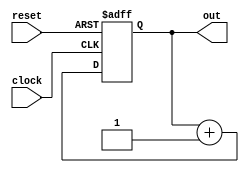
module counter (out, clock, reset);
    parameter WIDTH = 8;
    input                       clock, reset;
    output reg [WIDTH - 1 : 0]  out;

    always @(posedge clock or posedge reset) 
        if (reset)
            out <= 0;
        else  
            out <= out + 1;    

endmodule //counter